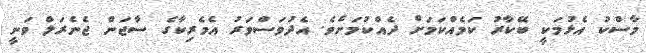
މާސްކު އެޅުމަކީ ބޭކާރު ކަމެއްކަމަށް ދެއްކުމަށެވެ. އެދުވަސްވަރު އެމެރިކާގެ ސާޖަން ޖެނެރަލް ވަނީ